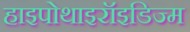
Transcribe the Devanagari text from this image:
हाइपोथाइरॉइडिज्म